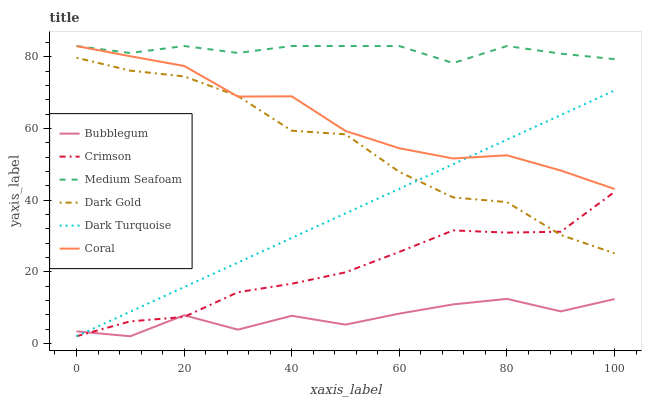
| xaxis_label | Bubblegum | Crimson | Medium Seafoam | Dark Gold | Dark Turquoise | Coral |
 | --- | --- | --- | --- | --- | --- | --- |
 | 0 | 3.36 | 2 | 83 | 79.7 | 2 | 83 |
 | 10 | 2 | 6.16 | 81 | 76.1 | 8.86 | 80.1 |
 | 20 | 7.86 | 7.39 | 83 | 74.5 | 15.7 | 77.4 |
 | 30 | 3.85 | 14.3 | 81.1 | 69 | 22.6 | 68.9 |
 | 40 | 7.71 | 16.6 | 83 | 59.4 | 29.4 | 69 |
 | 50 | 5.24 | 19.8 | 83 | 58.4 | 36.3 | 59.3 |
 | 60 | 8.32 | 25.6 | 83 | 47.9 | 43.2 | 54.5 |
 | 70 | 10.9 | 31.5 | 78.2 | 40.7 | 50 | 51.6 |
 | 80 | 12.4 | 30.9 | 83 | 39.4 | 56.9 | 52.5 |
 | 90 | 8.94 | 31.2 | 80.9 | 30.3 | 63.7 | 48.2 |
 | 100 | 12.4 | 42.3 | 79.3 | 25.1 | 70.6 | 43.1 |